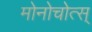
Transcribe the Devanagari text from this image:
मोनोचोत्स्